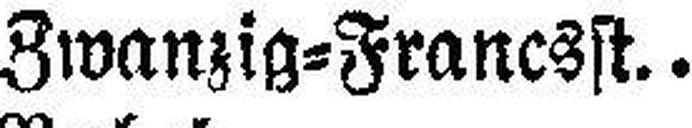
Zwanzig=Francsst.